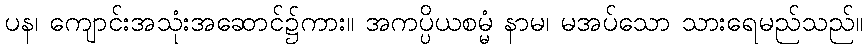
ပန၊ ကျောင်းအသုံးအဆောင်၌ကား။ အကပ္ပိယစမ္မံ နာမ၊ မအပ်သော သားရေမည်သည်။